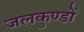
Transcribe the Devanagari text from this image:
जलकुण्डों